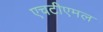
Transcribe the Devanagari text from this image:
एचटीएमल